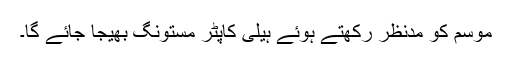
موسم کو مدنظر رکھتے ہوئے ہیلی کاپٹر مستونگ بھیجا جائے گا۔